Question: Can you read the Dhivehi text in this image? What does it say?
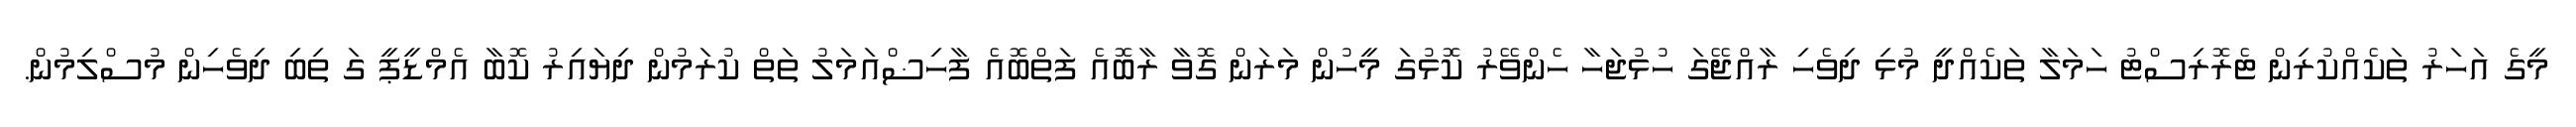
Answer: މީގެ އަހަރު ތަކެއްކުރިން ޓެރޮރިސްޓު ހަމަލާ ތަކެއްދީ މުޅި ދިވެހި ރާއްޖޭގަ ހުޅުޖަހާ ހެންވޭރު ކޮޅުގަ މީހުން މަރަން ގޮވާ ރާބޮއެ ފަތްބޮއެ ފާހިޟްއަމަލު ތަތް ކުރަމުން ދިޔައިރު ކޮބާ އެމްޑީޕީ ގަ ތިބި ދިވެހިން މުސްލިމުން.